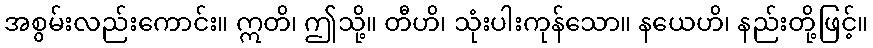
အစွမ်းလည်းကောင်း။ ဣတိ၊ ဤသို့။ တီဟိ၊ သုံးပါးကုန်သော။ နယေဟိ၊ နည်းတို့ဖြင့်။